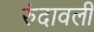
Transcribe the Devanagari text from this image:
रुंदावली